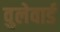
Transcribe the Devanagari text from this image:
वुलेवार्ड